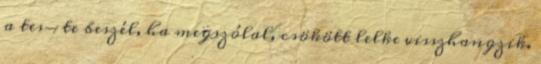
a tes- te beszél, ha megszólal, csökött lelke visszhangzik.